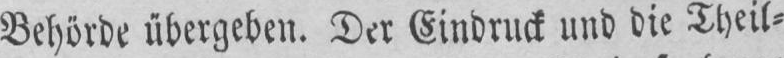
Behorde ubergebeu. Der Eindruck und die Theil-